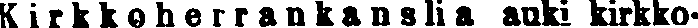
Kirkkoherrankansiia auki kirkko-